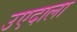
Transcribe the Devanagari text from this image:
उएदाला